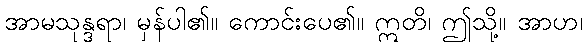
အာမသုန္ဒရာ၊ မှန်ပါ၏။ ကောင်းပေ၏။ ဣတိ၊ ဤသို့။ အာဟ၊